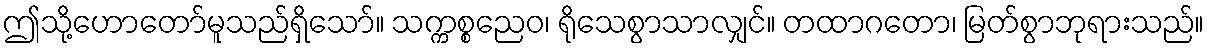
ဤသို့ဟောတော်မူသည်ရှိသော်။ သက္ကစ္စညေဝ၊ ရိုသေစွာသာလျှင်။ တထာဂတော၊ မြတ်စွာဘုရားသည်။